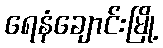
ရေနံချောင်းမြို့